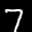
Label: 7